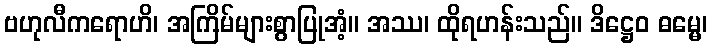
ဗဟုလီကရောဟိ၊ အကြိမ်များစွာပြုအံ့။ အဿ၊ ထိုရဟန်းသည်။ ဒိဋ္ဌေဝ ဓမ္မေ၊